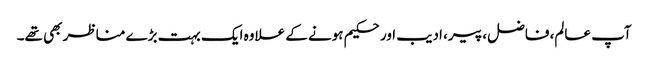
آپ عالم، فاضل، پیر، ادیب اور حکیم ہونے کے علاوہ ایک بہت بڑے مناظر بھی تھے۔